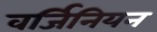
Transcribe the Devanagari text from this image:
वर्जिनियन